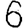
Digit: 6